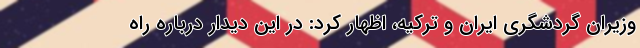
وزیران گردشگری ایران و ترکیه، اظهار کرد: در این دیدار درباره راه‌